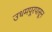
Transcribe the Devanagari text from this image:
उधमपूरपासून